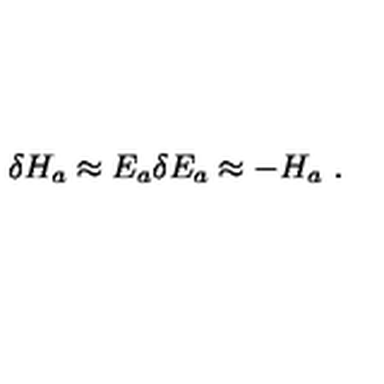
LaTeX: { \delta } H _ { a } \approx E _ { a } { \delta } E _ { a } \approx - H _ { a } \ .